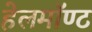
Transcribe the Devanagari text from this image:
हेलमॉण्ट